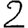
Digit: 2